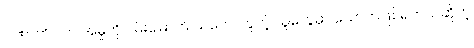
ပါဏာတိပါတ အမှုကို ဝမ်းမြောက် သဘောတူတဲ့ သူတွေမှာ သောကဖြစ်ရတယ်ဆိုတဲ့